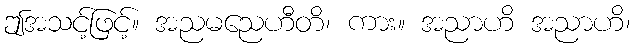
ဤအသင့်ဖြင့်။ အညမညေဟီတိ၊ ကား။ အညာဟိ အညာဟိ၊